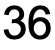
36